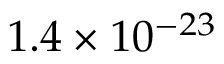
1 . 4 \times 1 0 ^ { - 2 3 }